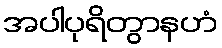
အပါပုရိတွာနဟံ